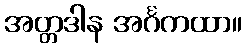
အတ္တဒါန အင်္ဂကထာ။